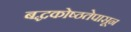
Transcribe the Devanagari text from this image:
बद्धकोष्ठतेपासून